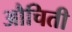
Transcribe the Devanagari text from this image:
औचिती